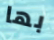
بها